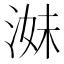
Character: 𱧁